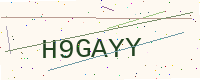
Text: H9GAYY